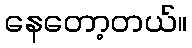
နေတော့တယ်။